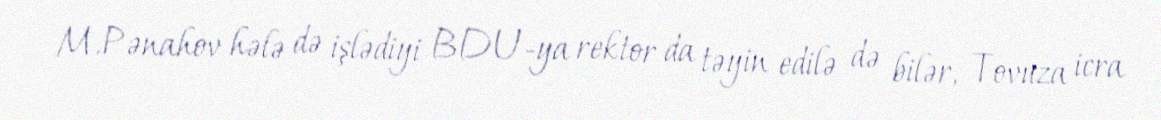
M.Pənahov hələ də işlədiyi BDU-ya rektor da təyin edilə də bilər, Tovuza icra